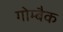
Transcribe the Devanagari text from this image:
गोम्बैक